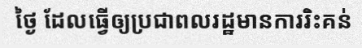
ថ្ងៃ ដែលធ្វើឲ្យប្រជាពលរដ្ឋមានការរិះគន់